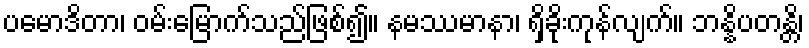
ပမောဒိတာ၊ ဝမ်းမြောက်သည်ဖြစ်၍။ နမဿမာနာ၊ ရှိခိုးကုန်လျက်။ ဘန္နိပတန္တိ၊